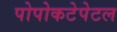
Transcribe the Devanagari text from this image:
पोपोकटेपेटल